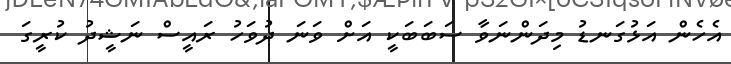
އެހެން އަޅުގަނޑު މިދަންނަވާ ސަބަބަކީ އަށް ވަނަ ދުވަހު ރައީސް ނަޝީދު ކުރީގަ